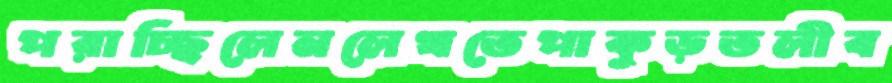
পরাচ্ছিলেনলেখতেপাকুড়তলীব